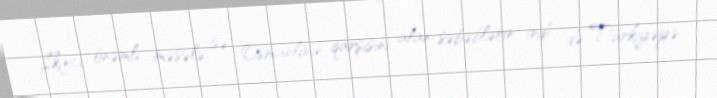
İkinci önəmli məsələ isə Osmanlının qarşısını alan səbəblərin indi də Türkiyəyə